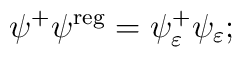
\psi ^{+}\psi ^{{\rm reg}}=\psi _\varepsilon ^{+}\psi _\varepsilon ;